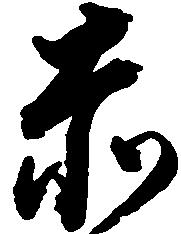
赤